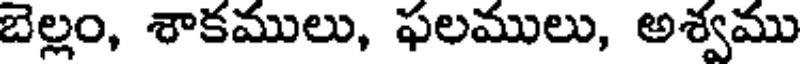
బెల్లం, శాకములు, ఫలములు, అశ్వము